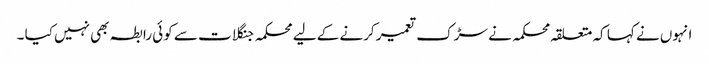
انہوں نے کہا کہ متعلقہ محکمہ نے سڑک تعمیر کرنے کے لیے محکمہ جنگلات سے کوئی رابطہ بھی نہیں کیا ۔